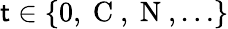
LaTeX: \mathsf{t}\in\{ 0,\mathrm{{~C~}},\mathrm{{~N~}},\dots\}